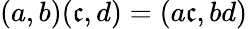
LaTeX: (a,b)(\mathfrak{c},d)=(a\mathfrak{c},bd)